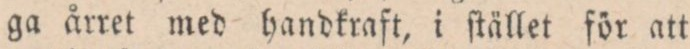
ga årret med handkraſt, i ſtället för att